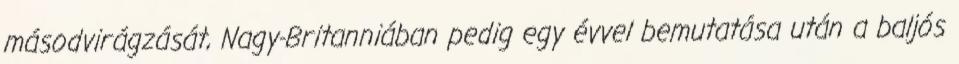
másodvirágzását, Nagy-Britanniában pedig egy évvel bemutatása után a baljós